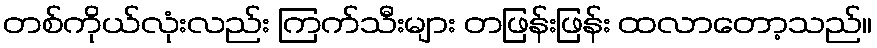
တစ်ကိုယ်လုံးလည်း ကြက်သီးများ တဖြန်းဖြန်း ထလာတော့သည်။